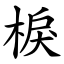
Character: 棙